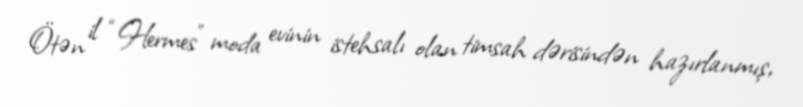
Ötən il “Hermes” moda evinin istehsalı olan timsah dərisindən hazırlanmış,